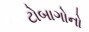
ટોબાગોનો